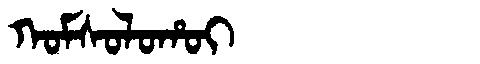
Manchu: ᡴᠣᠮᠰᠣᠯᠣᡥᠣᡳ
Romanization: KOMSOLOHOI